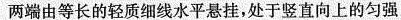
两端由等长的轻质细线水平悬挂，处于竖直向上的匀强